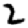
Digit: 2